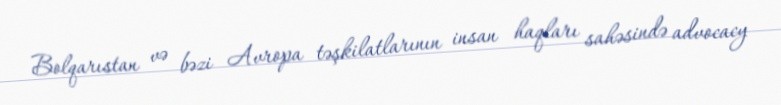
Bolqarıstan və bəzi Avropa təşkilatlarının insan haqları sahəsində advocacy